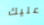
عليك